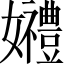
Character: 𡤠